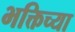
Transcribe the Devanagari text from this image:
भक्तिच्या